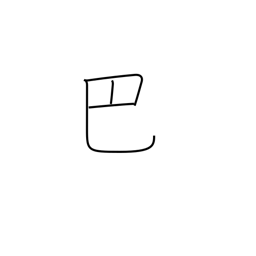
Meaning: comma-design